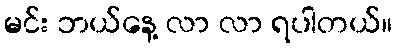
မင်း ဘယ်နေ့ လာ လာ ရပါတယ်။